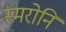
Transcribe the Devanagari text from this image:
स्मरोनि